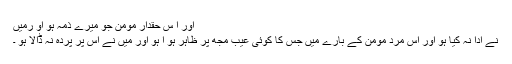
اور ا س حقدار مومن جو میرے ذمہ ہو او رمیں
نے ادا نہ کیا ہو اور اس مرد مومن کے بارے میں جس کا کوئی عیب مجھ پر ظاہر ہو ا ہو اور میں نے اس پر پردہ نہ ڈالا ہو ۔